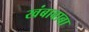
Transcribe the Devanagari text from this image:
खंबाबाबा